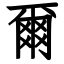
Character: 爾